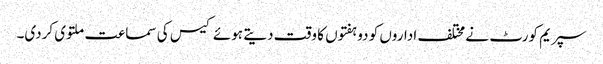
سپریم کورٹ نے مختلف اداروں کو دو ہفتوں کا وقت دیتے ہوئے کیس کی سماعت ملتوی کردی۔